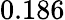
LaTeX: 0.186